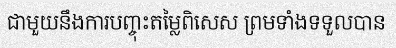
ជាមួយនឹងការបញ្ចុះតម្លៃពិសេស ព្រមទាំងទទួលបាន